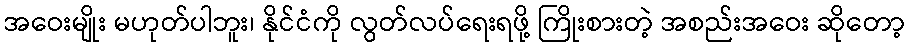
အဝေးမျိုး မဟုတ်ပါဘူး၊ နိုင်ငံကို လွတ်လပ်ရေးရဖို့ ကြိုးစားတဲ့ အစည်းအဝေး ဆိုတော့